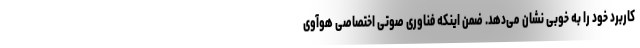
کاربرد خود را به خوبی نشان می‌دهد. ضمن اینکه فناوری صوتی اختصاصی هوآوی